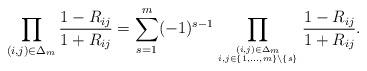
LaTeX: \begin{align*}\prod_{(i,j)\in \Delta_m}\frac{1-R_{ij}}{1+R_{ij}} = \sum_{s=1}^{m} (-1)^{s-1} \prod_{(i,j) \in \Delta_m \atop{i,j\in \{1,\dots,m\} \backslash \{s\}}} \frac{1-R_{ij}}{1+R_{ij}}.\end{align*}